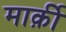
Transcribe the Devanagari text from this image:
मार्क़ी